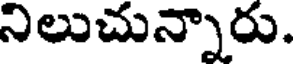
నిలుచున్నారు.